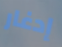
إدغار